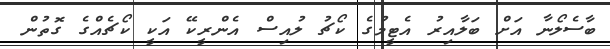
ބާސެލޯނާ އަށް ބަލާއިރު އެޓީމުގެ ކޯޗު ލުއިސް އެންރީކޭ އަކީ ކޯޗެއްގެ ގޮތުން